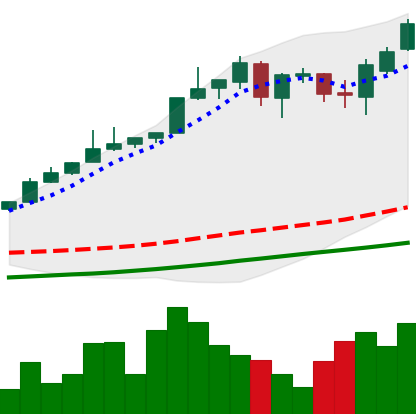
Ticker: BTC-USD
Chart end date: 2017-05-19
Forward return: 22.937%
Label: up_7plus